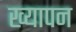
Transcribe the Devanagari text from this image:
ख्यापन